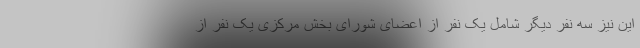
این نیز سه نفر دیگر شامل یک نفر از اعضای شورای بخش مرکزی یک نفر از